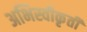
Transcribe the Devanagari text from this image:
अभिस्वीकृती